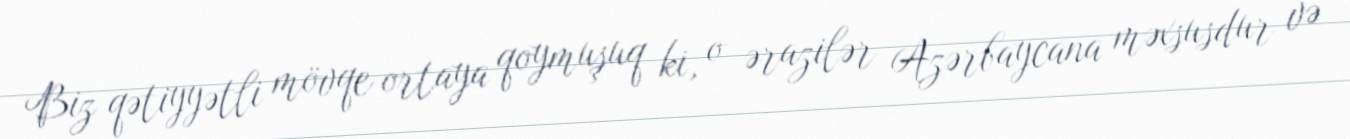
Biz qətiyyətli mövqe ortaya qoymuşuq ki, o ərazilər Azərbaycana məxsusdur və